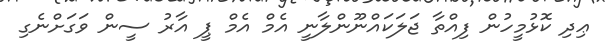
ޢިދި ކޮޅުމީހުން ފިއްތާ ޖަލަކައްނޫންލާނީ އެމް އެމް ޕީ އާރު ސީން ވަގަށްނެގި